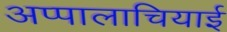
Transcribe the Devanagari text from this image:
अप्पालाचियाई